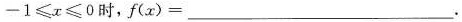
-1<=x<=0时，f(x)=___.